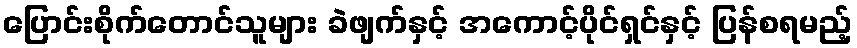
ပြောင်းစိုက်တောင်သူများ ခဲဖျက်နှင့် အကောင့်ပိုင်ရှင်နှင့် ပြန်စရမည့်